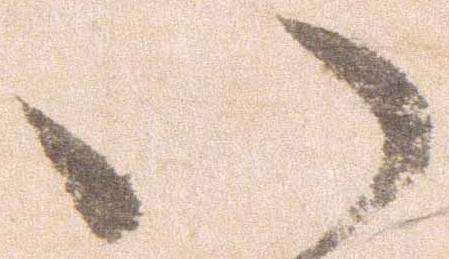
い